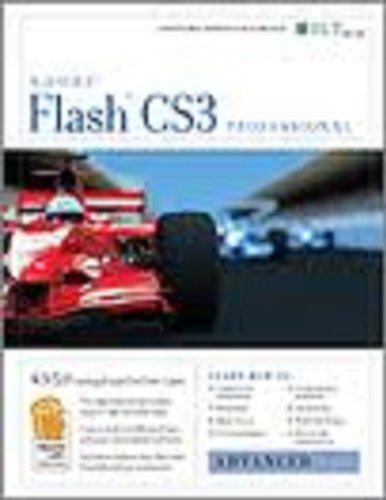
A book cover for Flash Cs3: Advanced + Certblaster, Student Manual (ILT); Axzo Press; Computers & Technology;